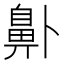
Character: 𱌑